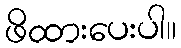
ဖိထားပေးပါ။